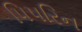
પિપરિન